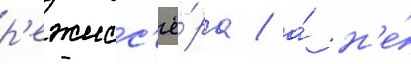
р'ежисс'ё́ра / а́ н'е́